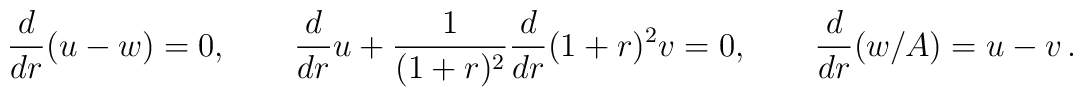
{d\over dr} (u-w)=0,\qquad{d\over dr}u+{1\over (1+r)^2}{d\over dr}(1+r)^2 v =0,\qquad{d\over dr}(w/A)=u-v \,.